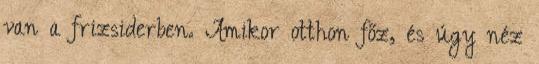
van a frizsiderben. Amikor otthon főz, és úgy néz